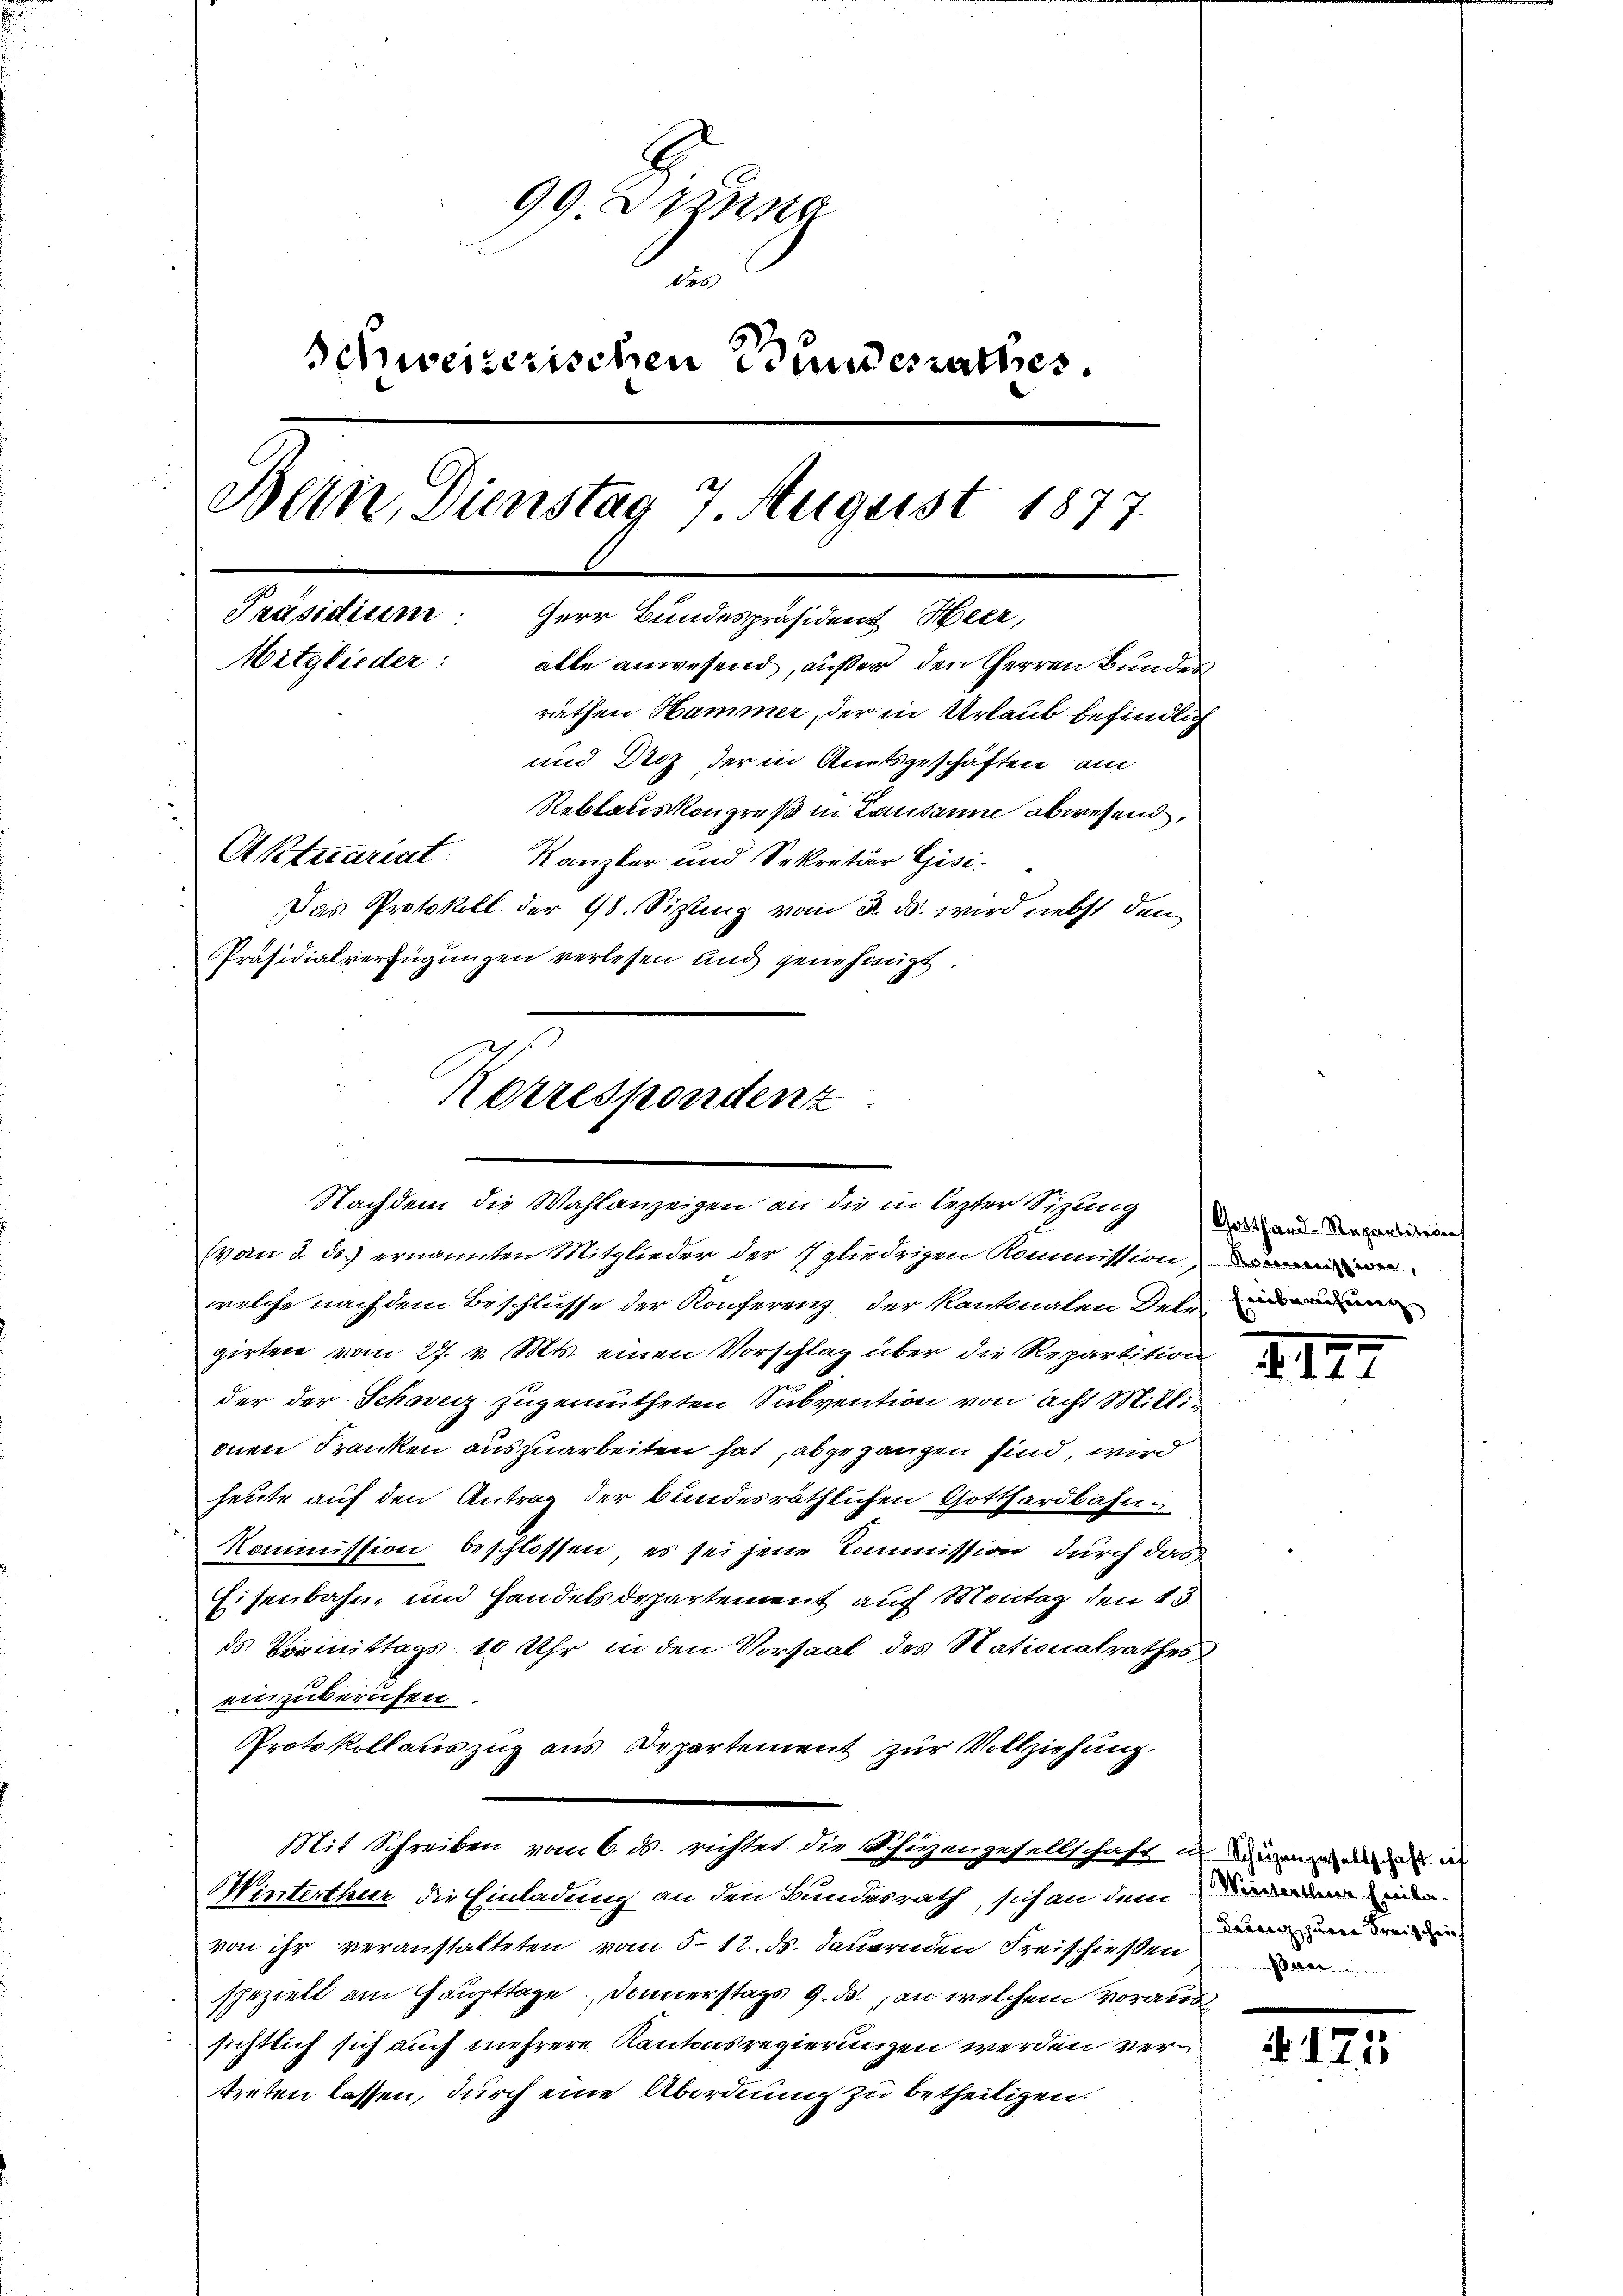
99. Dezung
des
Schweizerischen Bundesrathes.
Bern, Dienstag 7. August 1877.
.
Präsidium. Herr Bundespräsident Heer,
Mitglieder:
alle anwesend, außer den Herren Bundes
räthen Hammer, der in Urlaub befindlich
und Diez der in Amtsgeschäften am
Reblauskongreß in Lausanne abwesend,
Aktuariat: Kanzler und Sekretior Gisi-
Das Protokoll der 98. Sitzung vom 2. ds. wird liebst den
Präsidialverfügungen verlesen und genehmigt.

Korrespondenz
Nachdem die Wahlanzeigen an die in lezter Siglung zu die

(von 3. ds. ernannten Mitglieder der 7 gliedrigen Kommission, de
welche nach dem Beschlusse der Konferenz der Kantonalen Dele
girten vom 27. v. Mts. einen Vorschlag über die Repartition
der der Schweiz zugemutheten Subvention von acht Millionen Franken auszuarbeiten hat, abgegangen sind, wird
heute auf den Antrag der bundesräthlichen Gotthardbahn¬
Kommission beschlossen, es sei jene Commission durch das
Eisenbahn und Handelsdepartement auf Montag den 13.
ds Vormittags 10 Uhr in den Vorsaal des Nationalrathes
einzuberufen
Protokollauszug aus Departement zur Vollziehung.
Mit Schreiben vom 6. ds. richtet die Schüzengesellschaft u. an der de
Winterthur die Einladung an den Bundesrath, sich an dem andern ein
von ihr veranstalteten vom 512. ds. dauernden Freischießen
speziell am Haupttage Donnerstags 9. ds. an welchem voraussichtlich sich auch mehrere Kantonsregierungen werden vertreten lassen, durch eine Abordnung zu betheiligen.

47

az zur Kreischein

N 17.